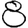
Digit: 8